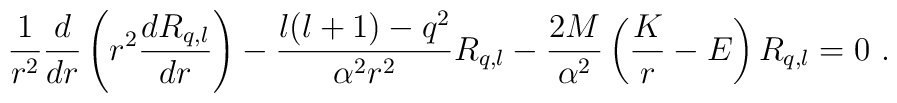
\frac1{r^2}\frac d{dr}\left(r^2\frac{dR_{q,l}}{dr}\right)-\frac{l(l+1)-q^2}{\alpha^2r^2}R_{q,l}-\frac{2M}{\alpha^2}\left(\frac Kr-E\right)R_{q,l}=0 \ .